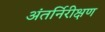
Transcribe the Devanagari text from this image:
अंतर्निरीक्षण